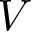
V